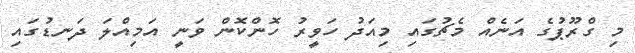
މި ގްރޫޕުގެ އަނެއް މެޗުގައި މިއަދު ހަވީރު ހޮންކޮން ވަނީ އަމިއްލަ ދަނޑުގައި